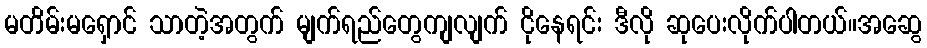
မတိမ်းမရှောင် သာတဲ့အတွက် မျက်ရည်တွေကျလျက် ငိုနေရင်း ဒီလို ဆုပေးလိုက်ပါတယ်။အဆွေ